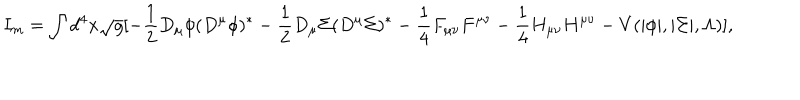
I _ { m } = \int d ^ { 4 } x \sqrt { { g } } [ - \frac { 1 } { 2 } D _ { \mu } \phi ( D ^ { \mu } \phi ) ^ { * } - \frac { 1 } { 2 } D _ { \mu } \Sigma ( D ^ { \mu } \Sigma ) ^ { * } - \frac { 1 } { 4 } F _ { \mu \nu } F ^ { \mu \nu } - \frac { 1 } { 4 } H _ { \mu \nu } H ^ { \mu \nu } - V ( | \phi | , | \Sigma | , \Lambda ) ] ,